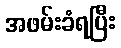
အဖမ်းခံရပြီး